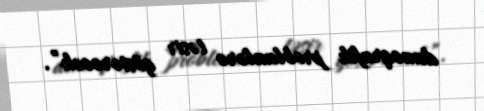
demoqrafik problemlərə təsir göstərəcək”.